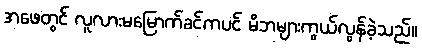
အဖေတွင် လူလားမမြောက်ခင်ကပင် မိဘများကွယ်လွန်ခဲ့သည်။